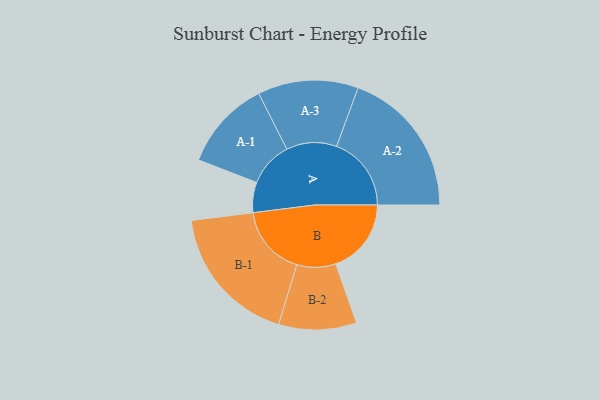
{"axis": {"x": "Segment", "y": "Value"}, "legend": ["", "A", "B"], "data": [{"x": "A", "y": 109, "type": ""}, {"x": "B", "y": 272, "type": ""}, {"x": "A-1", "y": 162, "type": "A"}, {"x": "A-2", "y": 269, "type": "A"}, {"x": "A-3", "y": 181, "type": "A"}, {"x": "B-1", "y": 254, "type": "B"}, {"x": "B-2", "y": 140, "type": "B"}]}